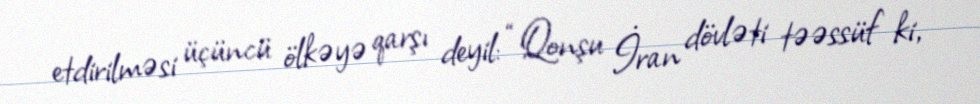
etdirilməsi üçüncü ölkəyə qarşı deyil: “Qonşu İran dövləti təəssüf ki,